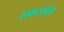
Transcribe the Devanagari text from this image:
शकरखोरा